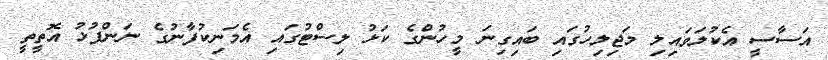
އަސާސީ އެކުލަވައިލި މަޖިލިހުގައި ބައިގިނަ މީހުންގެ ކަޅު ލިސްޓުގައި އެމަނިކުފާނުގެ ނަންފުޅު އޮތީތީ